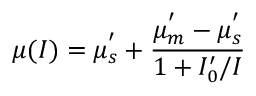
\mu ( I ) = \mu _ { s } ^ { ' } + \frac { \mu _ { m } ^ { ' } - \mu _ { s } ^ { ' } } { 1 + I _ { 0 } ^ { \prime } / I }